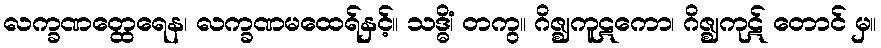
လက္ခဏတ္ထေရေန၊ လက္ခဏမထေရ်နှင့်။ သဒ္ဓိံ၊ တကွ။ ဂိဇ္ဈကူဋကော၊ ဂိဇ္ဈကုဋ် တောင် မှ။